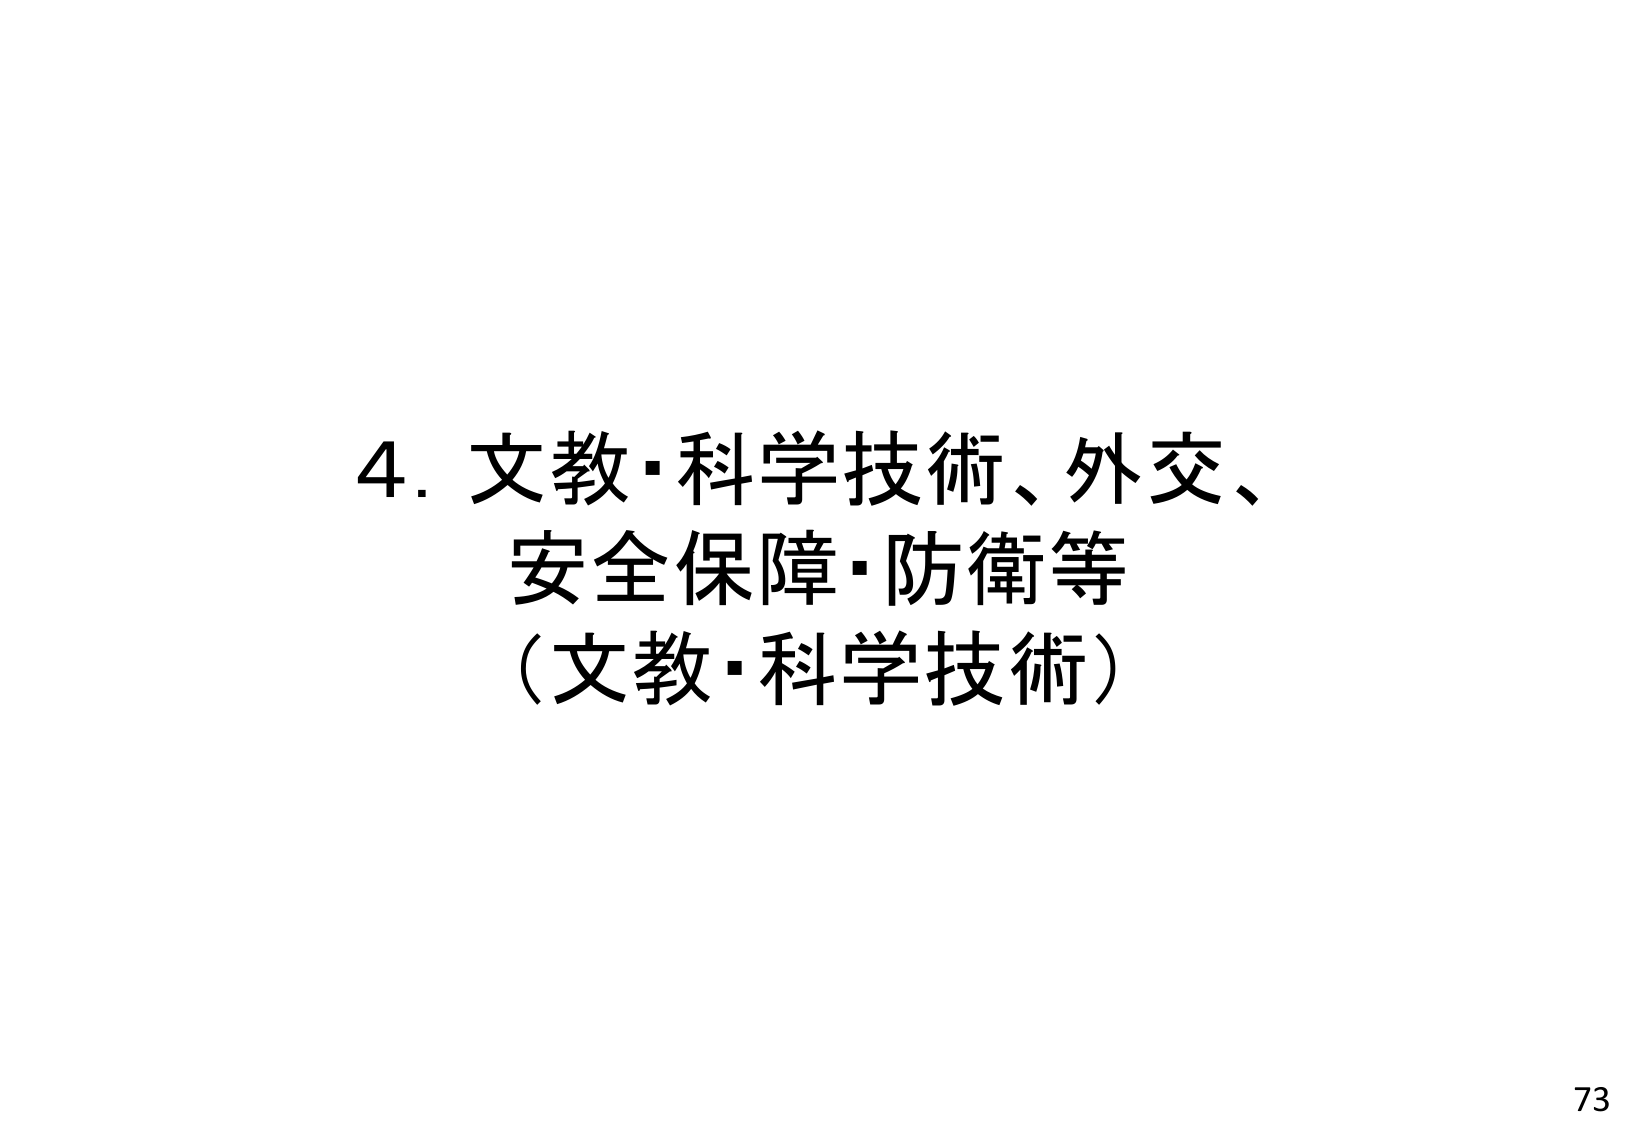
4. 文教・科学技術、外交、
安全保障・防衛等
（文教・科学技術）
73